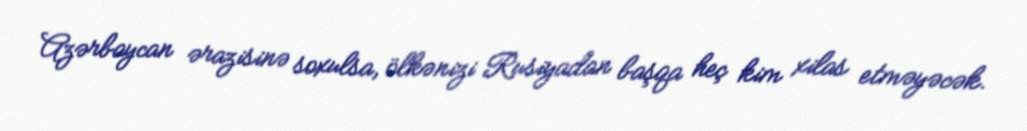
Azərbaycan ərazisinə soxulsa, ölkənizi Rusiyadan başqa heç kim xilas etməyəcək.